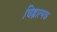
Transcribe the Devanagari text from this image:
चिह्नात्मक